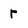
Character: r